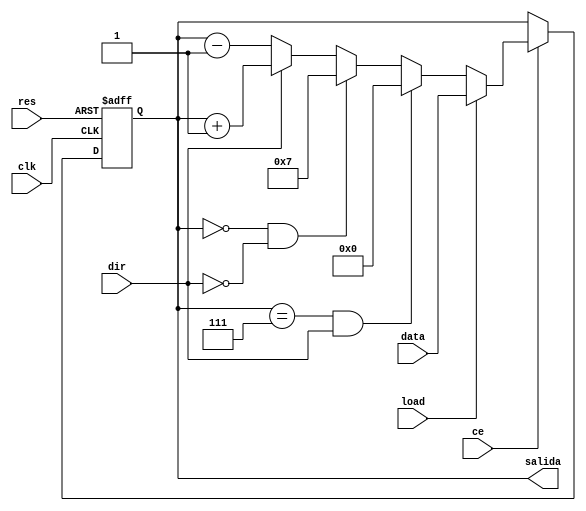
module contador_res_as_ce (
    input res,clk,ce,dir,load,
	input [3:0]data,
    output reg [3:0]salida = 4'b0
);
    
    always @(posedge clk, posedge res) begin
        if (res) begin
            salida<=8'b0;
        end
        else if (ce) begin
            if (load) begin
                salida<=data;
            end
            else if(salida==7 && dir) begin
                salida <= 4'b0;
            end
            else if(salida==0 && !dir) begin
                salida <= 4'h7;
            end
            else begin
                if (dir) begin
                    salida<=salida+1'b1;
                end
                else begin
                    salida<=salida-1'b1;
                end
            end
        end
        else begin
            salida<=salida;
        end 

    end
endmodule